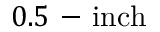
0 . 5 \mathrm { ~ - ~ } \mathrm { i n c h }